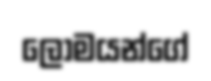
ලෝමයන්ගේ